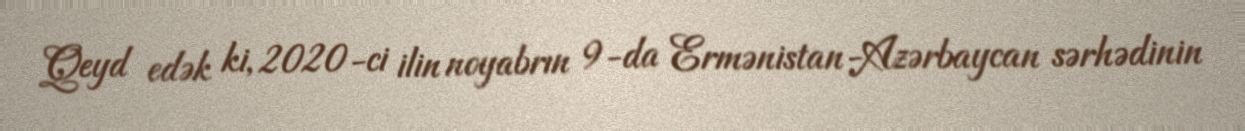
Qeyd edək ki, 2020-ci ilin noyabrın 9-da Ermənistan-Azərbaycan sərhədinin